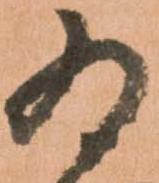
為